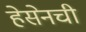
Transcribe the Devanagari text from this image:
हेसेनची